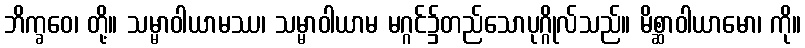
ဘိက္ခဝေ၊ တို့။ သမ္မာဝါယာမဿ၊ သမ္မာဝါယာမ မဂ္ဂင်၌တည်သောပုဂ္ဂိုလ်သည်။ မိစ္ဆာဝါယာမော၊ ကို။